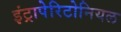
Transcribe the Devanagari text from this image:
इंट्रापेरिटोनियल